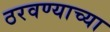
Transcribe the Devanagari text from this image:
ठरवण्याच्या